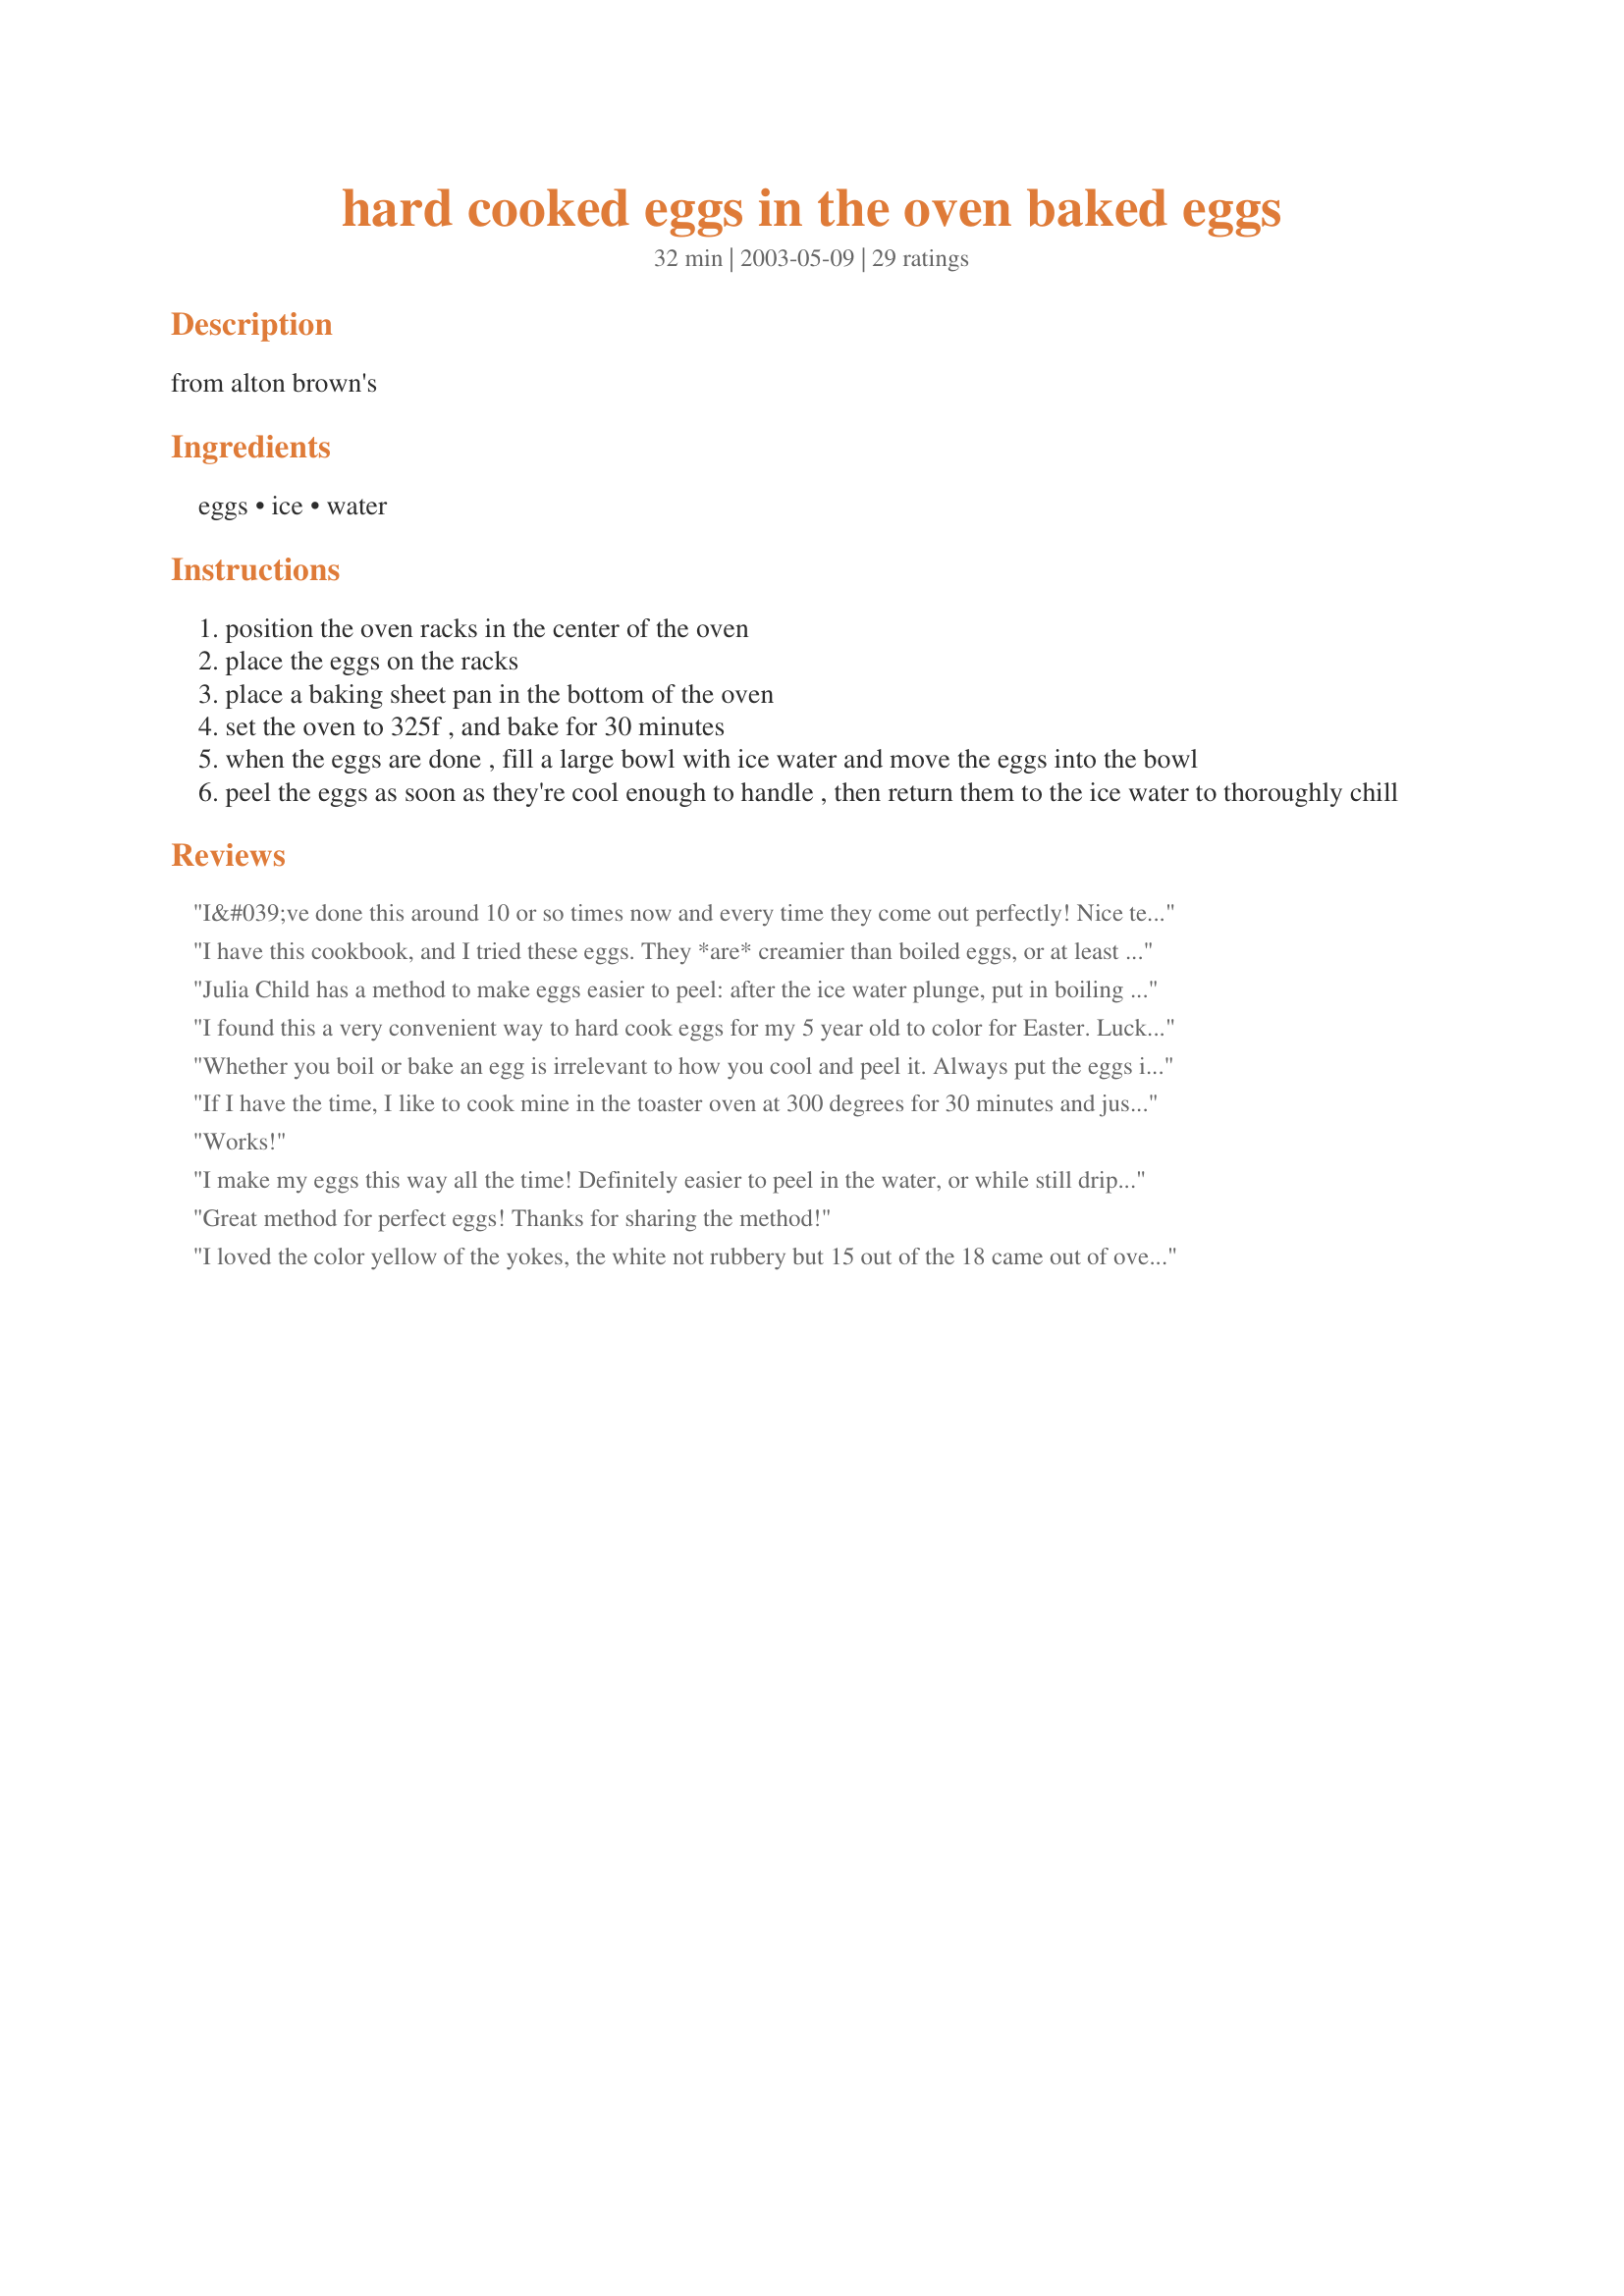
hard cooked eggs in the oven baked eggs
Preparation time: 32 minutes

from alton brown's

Ingredients:
eggs, ice, water

Steps:
position the oven racks in the center of the oven
place the eggs on the racks
place a baking sheet pan in the bottom of the oven
set the oven to 325f , and bake for 30 minutes
when the eggs are done , fill a large bowl with ice water and move the eggs into the bowl
peel the eggs as soon as they're cool enough to handle , then return them to the ice water to thoroughly chill

Reviews:
I&#039;ve done this around 10 or so times now and every time they come out perfectly! Nice texture, very little grey in yolk, easy to peel after ice bath and so much easier than the old boiling method. Might get a tiny brown spot or two from where egg touches grate. I get less of that if I put them in a muffin tin instead of on grate.
I have this cookbook, and I tried these eggs. They *are* creamier than boiled eggs, or at least they seem so to me. And, for hard cooked eggs, they are pretty tasty. However, they are a royal pain in the patooty to peel. I tried peeling them warm and cold, and both ways were equally frustrating. Does anyone know of a way to make them easier to peel?
Julia Child has a method to make eggs easier to peel: after the ice water plunge, put in boiling water for another 10 seconds or so and then cool again. The idea being that you submit the egg and peel to more thermodynamic shock which results in shrinking and expanding the shell.
YMMV
I found this a very convenient way to hard cook eggs for my 5 year old to color for Easter. Luckily, she dropped one while coloring and it cracked, so we were able to peel and eat it earlier than tomorrow. I didn't try to peel the egg right after cooking though. The ice water bath cooled them, my daughter colored them and then we refrigerated them for several hours. We easily peeled the tester egg after refrigeration, and I was particularly impressed with the lightness of the egg white. It's not as rubbery as the boiling technique and the yolks were nicely centered. Next time I'll reduce the timing a little bit, to avoid overcooking. Although it wasn't as bad as when they're boiled, I still found the outer rim of the yolk slightly grayed. Also, I noticed tiny burnt spots on the shells that line up exactly where the eggs sat between the grates on the oven rack. These are really no big deal at all, just observations. I definitely prefer this method to boiling, and inevitably overcooking my eggs. Thanks for posting this recipe, basia1, I'll be using it again and again!
Whether you boil or bake an egg is irrelevant to how you cool and peel it. Always put the eggs in ice water for 5 minutes and then peel under cold water. Always fully crack the egg and start at the fat end, this is where the natural air bubble is. If this recipe makes your eggs easier to peel, it isn't because you baked it, it's because you ice bathed it. These are not good, they don't cook evenly at all.
If I have the time, I like to cook mine in the toaster oven at 300 degrees for 30 minutes and just let them cool for another 30 minutes or so in the oven after it&#039;s turned off. They are cooler to the touch and will peel quite easily, as well as ensuring the yolk is cooked all the way through. However, I don&#039;t really notice a difference from this method and the way I boil eggs, other than some brown marks on the baked eggs.
Works!
I make my eggs this way all the time! Definitely easier to peel in the water, or while still dripping wet. The egg white comes out fluffier, less rubbery than traditional hard boiled eggs. I make these almost daily for my DH's breakfast the next day.
Great method for perfect eggs! Thanks for sharing the method!
I loved the color yellow of the yokes, the white not rubbery but 15 out of the 18 came out of oven cracked. OK for deviling but NOT good for egg dying. Back to old way of boiliing tomorrow : ( What did I do wrong?
I just did this yesterday. I usually boil eggs and put them in my salad....SO GOOD. Only hangup: I set the timer for 30 mins. Right at 30 mins, one egg cracked.
The eggs came out great! I found an easy way to peel them: If you have a SonicBlade, use one of the prongs from the food holder that came with it. If you don't, just use a needle or pin. Poke a small hole in the top of the cooked egg andpull it towards the bottom, keeping the tip of the needle so that it's touching the inside of the shell. Using the long crack made by the needle/prong, peel one side of the shell off at a time
If you hold the eggs underwater while peeling them it makes it much easier.
This recipe is taking longer than 30 min. I preheated the oven at 325, put eggs on cookie sheet for 30 min. cooled in ice water, as soon as started peeling the egg, I knew it wasn't done, put them in for 5 min, same thing, 10 more min. same thing, 15 more min. with 4 min. left. and waiting. They're on the center rack, my oven works great! Any suggestions would be greatly appreciated. Just took them out, they're a lot better. Final baking time 1 hour, ice bath 15 min
I'll stick to cooking my eggs. Cook in large pan of water, bring to boil, cover and time 1 minute. Remove from heat and leave alone for 25 min. White is tender and yolk has little or no grey in at edges. For hard cooked eggs use older eggs. When cool thoroughly crack shell all over, pick a small piece of shell off including the membrane, place underwater in bowl or under faucet gently squeeze and roll egg between your fingers. A little water will get between the membrane and the egg and then it will peel easily. If the eggs are cold use hot water, if eggs are hot use cold water the expansion contraction also helps. This almost always has worked for me.
I cooked some this way today. After taking them out of the oven, I put them in a bowl of water and ice for a few minutes. They peeled easier that way!!! I made deviled eggs with the eggs.
I want only to comment on peeling eggs until I have a chance to try this recipe. Put cooled eggs into a metal pan - such as what you might have used if you boiled them. Add some cold water. Put lid on pan. Shake the dickens out of it. Take off lid and the peeling should be nearly complete - an easy rinse off where needed.
I baked 2 dozen fresh eggs in mini muffin pans. Followed the direction above. The shells had discolored spots that came off in ice bath. Peeled/halved 3 eggs for myself and the kids. Shells came off neatly. The yolks were perfect. No grey/green. Texture of whites is softer. Slight yellowing of the whites where it had contact with pans. Refrigerating the remaining eggs in water to color with the kids in the morning. I would definitely hard bake my eggs again. :)
Loved this! No matter how many times I have boiled eggs, they have never peeled nicely. This recipe was perfect! Put them in the oven, set timer for 30 minutes and walk away. Plunged eggs in ice bath and peeled one within a couple minutes. PERFECT. Seriously, you need to try this. Going to color eggs this weekend for Easter and this is how we will prepare. Thanks Alton!
Very leathery outside, with some discoloration. Yolks are as advertised. Taste is good. I suspect a mistake may have been to choose convection bake on our oven, rather than the plain &#039;ol &quot;bake.&quot; Will try this again in that mode.
I&#039;m surprised to read all the undercooked reviews because mine were way overdone. They were all brown on the top layer of the whites. I agree that they were crazy hard to peel, though. The shells would shatter into tiny little pieces, but every little piece was holding onto the shell lining, which was holding onto the white for dear life. It might be great if I did it at a lower temperature or for less time, but this was such a colossal waste of time, I&#039;m not going to bother. Oh, and the shells exploded in the oven for a few of them.
OMG -- these eggs were absolutely perfect. Centered, fully cooked (but not overcooked) yolks. WAY easier than boiling. Easy to peel. I&#039;ve never made such perfect hard boiled eggs before! I&#039;m never, ever boiling eggs again. With the ease of peeling and the perfectly centered yolks, these will be perfect for deviled eggs. I like the brown spots on the egg whites -- rustic!
@GoKittenGo: Fresh eggs are extremely difficult to peel. You must use week-old eggs at the earliest.
Tip: Never try hard boiled eggs with farm fresh eggs. They simply will not peel. Use store bought for hard boiled eggs.
The best way to hard cook an egg is to steam it. Steaming is fast, and the eggs are easy to peel. I've never had a problem peeling a steamed egg, no matter whether the eggs are older or fresh. If you can't peel them, cooking them is a waste of time and eggs. I bring the eggs to room temperature and steam large eggs for about 12 minutes and then plunge them into ice water to cool. Once you try steaming them, you'll never go back to any other way.
I am a huge Alton Brown fan and I follow and learn from him religiously but this was an epic fail. I don't know what I did wrong I followed the recipe exactly. Of course when I do something I do it big I tried 6 dozen eggs. Out of all of them I got around 6 whole eggs and probably about 40 yolk that were usable. The eggs were cooked (baked) brown but I couldn't peel them and they weren't new eggs. Back to my fool proof way of boiling them...now to just find a recipe for egg yolk salad!
I saw this a while ago,but forgot where. ...also oven temp. I'm glad I found it again as I have been using 350 degrees. I cook them in muffin cups. I like this method!
Perfect hard cooked eggs every time, the shells seldom crack and peel easily even cold.
Was impressed on how these came out. I tried peeling these as other reviewers posted, even the Julia Child way. I would say I had 50% turn out nice and the other 50% didn't. I have farm fresh eggs though and they are harder to peel, the fresher they are. Didn't change the taste any! I thought they were better than boiling in water Thanks for sharing. This one I will use again!
